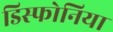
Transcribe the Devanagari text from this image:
डिस्फोनिया